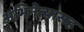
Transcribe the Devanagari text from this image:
अभिनेत्यासह